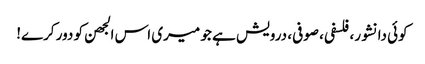
کوئی دانشور، فلسفی، صوفی، درویش ہے جو میری اس الجھن کو دور کرے!